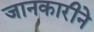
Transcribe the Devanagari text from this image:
जानकारीने